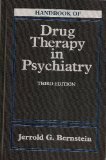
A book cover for Handbook of Drug Therapy In Psychiatry, 3e; Jerrold G. Bernstein MD; Medical Books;